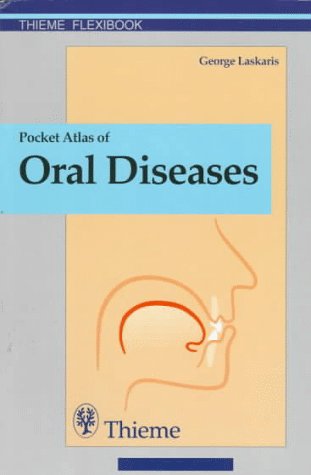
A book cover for Pocket Atlas of Oral Diseases (Flexibook) (Thieme Flexibook); G. Laskaris; Medical Books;